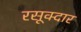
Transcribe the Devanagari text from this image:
रसूक्दार